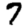
Digit: 7